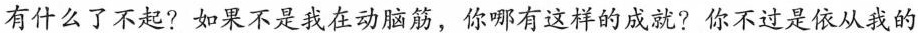
有什么了不起?如果不是我在动脑筋，你哪有这样的成就?你不过是依从我的